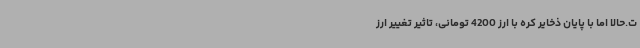
ت.حالا اما با پایان ذخایر کره با ارز 4200 تومانی، تاثیر تغییر ارز